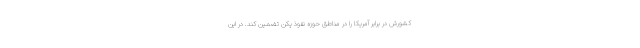
کشورش در برابر آمریکا را در مناطق حوزه نفوذ پکن تضمین کند. در این